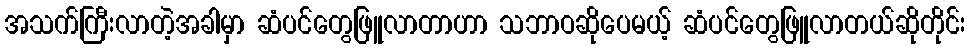
အသက်ကြီးလာတဲ့အခါမှာ ဆံပင်တွေဖြူလာတာဟာ သဘာဝဆိုပေမယ့် ဆံပင်တွေဖြူလာတယ်ဆိုတိုင်း